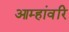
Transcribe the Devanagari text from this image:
आम्हांवरि